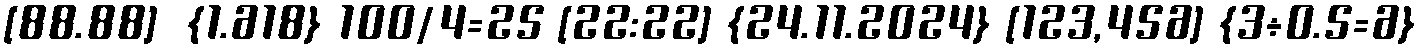
[88.88]  {1.618} 100/4=25 [22:22] {24.11.2024} [123,456] {3÷0.5=6}